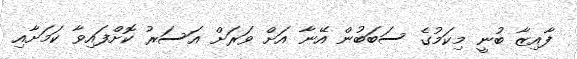
ފާއިޒާ ބުނީ މިކަމުގެ ސަބަބުން އޭނާ އަށް ވަރަށް އަސަރު ކޮށްފައިވާ ކަމަށާއި